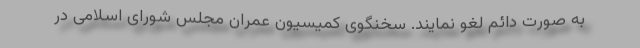
به صورت دائم لغو نمایند. سخنگوی کمیسیون عمران مجلس شورای اسلامی در